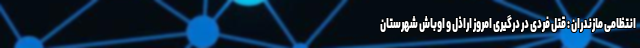
انتظامی مازندران : قتل فردی در درگیری امروز اراذل و اوباش شهرستان